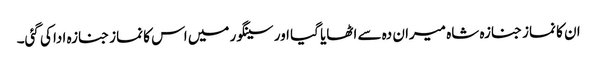
ان کا نماز جنازہ شاہ میران دہ سے اٹھایا گیا اور سینگور میں اس کا نماز جنازہ ادا کی گئی۔